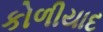
કોળીયાદ